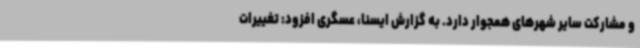
و مشارکت سایر شهرهای همجوار دارد. به گزارش ایسنا، عسگری افزود: تغییرات